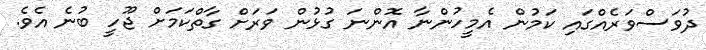
ދުވަސްވަރެއްގައި ކަމުން އެމީހުންނާ އޮންނަ ގުޅުން ވަރަށް ގާތްކަމަށް ޖޫހީ ބުނެ އެވެ.